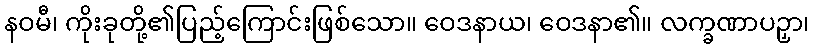
နဝမီ၊ ကိုးခုတို့၏ပြည့်ကြောင်းဖြစ်သော။ ဝေဒနာယ၊ ဝေဒနာ၏။ လက္ခဏာပဉှာ၊